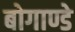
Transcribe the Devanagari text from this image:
बोगाण्डे